Civil Veterinary Department. Madras. Admin. report 1926-33 - 1926-1933
Year: 1926
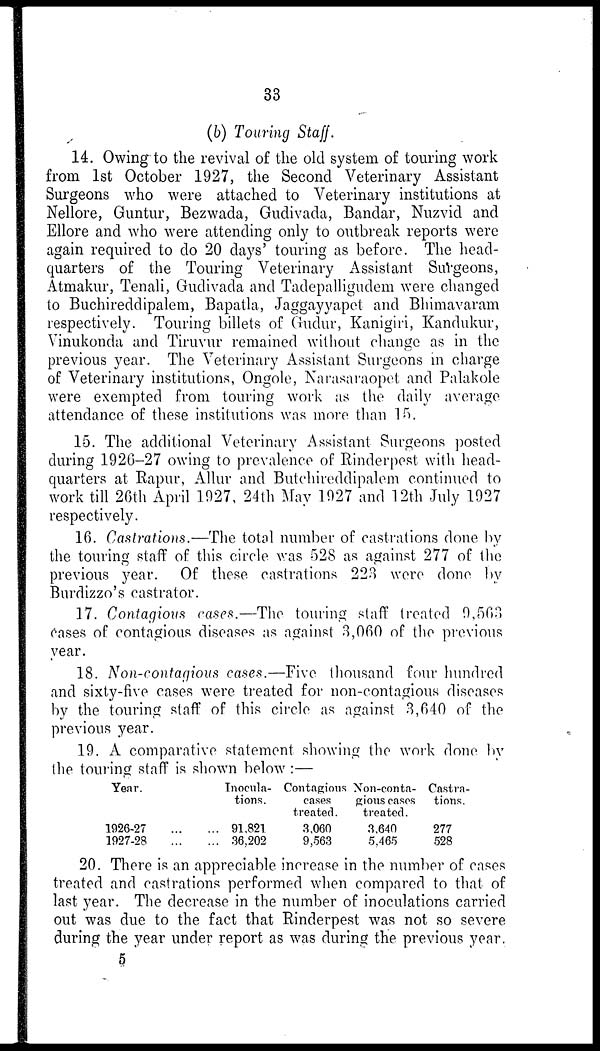
33
(b) Touring Staff
14. Owing to the revival of the old system of touring work
from 1st October 1927, the Second Veterinary Assistant
Surgeons who were attached to Veterinary institutions at
Nellore, Guntur, Bezwada, Gudivada, Bandar, Nuzvid and
Ellore and who were attending only to outbreak reports were
again required to do 20 days' touring as before. The head-
quarters of the Touring Veterinary Assistant Surgeons,
Atmakur, Tenali, Gudivada and Tadepalligudem were changed
to Buchireddipalem, Bapatla, Jaggayyapet and Bhimavaram
respectively. Touring billets of Gudur, Kanigiri, Kandukur,
Vinukonda and Tiruvur remained without change as in the
previous year. The Veterinary Assistant Surgeons in charge
of Veterinary institutions, Ongole, Narasaraopet and Palakole
were exempted from touring work as the daily average
attendance of these institutions was more than 15.
15. The additional Veterinary Assistant Surgeons posted
during 1926-27 owing to prevalence of Rinderpest with head-
quarters at Rapur, Allur and Butchireddipalem continued to
work till 26th April 1927, 24th May 1927 and 12th July 1927
respectively.
16. Castrations.—The total number of castrations done by
the touring staff of this circle was 528 as against 277 of the
previous year. Of these castrations 223 were done by
Burdizzo's castrator.
17. Contagions cases.—The touring staff treated 9,563
cases of contagious diseases as against 3,060 of the previous
year.
18. Non-contagious cases.—Five thousand four hundred
and sixty-five cases were treated for non-contagious diseases
by the touring staff of this circle as against 3,640 of the
previous year.
19. A comparative statement showing the work done by
the touring staff is shown below :—
Year.
1926-27 ... ...
1927-28 ... ...
Inocula-
tions.
91,821
36,202
Contagious
cases
treated.
3,060
9,563
Non-conta-
gious cases
treated.
3,640
5,465
Castra-
tions.
277
528
20. There is an appreciable increase in the number of cases
treated and castrations performed when compared to that of
last year. The decrease in the number of inoculations carried
out was due to the fact that Rinderpest was not so severe
during the year under report as was during the previous year.
5